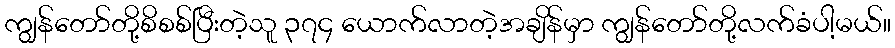
ကျွန်တော်တို့စိစစ်ပြီးတဲ့သူ ၃၇၄ ယောက်လာတဲ့အချိန်မှာ ကျွန်တော်တို့လက်ခံပါ့မယ်။